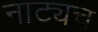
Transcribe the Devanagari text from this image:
नाट्यच